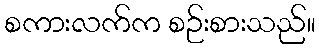
စကားလက်က စဉ်းစားသည်။